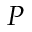
P